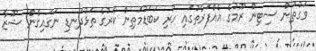
ވަގުތުން ސިޓިން ރޫމުގެ އެއްފަރާތުގައި ހުރި ކަބަޑުމަތިން ކާރުގެ ތަޅުދަނޑި ނަގައިގެން ޝޫޒާ